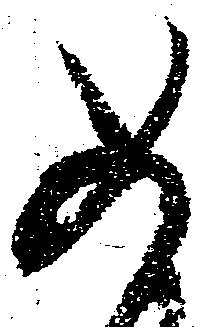
如